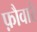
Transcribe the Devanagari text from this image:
फ़ौवारे